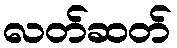
လတ်ဆတ်